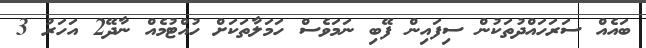
ބައެއް ސަރަހައްދުތަކުން ސިފައިން ފޭބި ނަމަވެސް ހަމަލާތަކަށް ހުއްޓުމެއް ނާދޭ2 އަހަރު 3